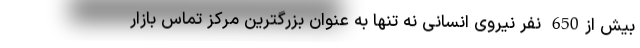
بیش از650 نفر نیروی انسانی نه تنها به عنوان بزرگترین مرکز تماس بازار